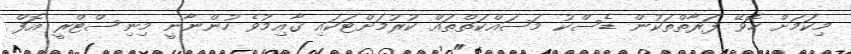
މިކަމަށް ހޮވޭ ފަރާތްތަކުން ޑެސްކު މަސައްކަތްތައް ކުރުމަށްޓަކައި ޤާއިމުވެ ހުންނާނީ މިނިސްޓްރީ އޮފް